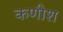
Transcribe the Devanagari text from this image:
कणीश